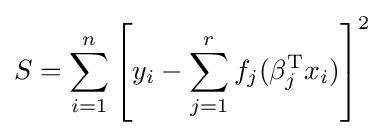
S=\sum _{i=1}^{n}\left[y_{i}-\sum _{j=1}^{r}f_{j}(\beta _{j}^{\mathrm {T} }x_{i})\right]^{2}